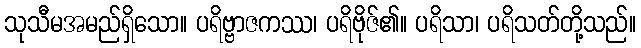
သုသီမအမည်ရှိသော။ ပရိဗ္ဗာဇကဿ၊ ပရိဗိုဇ်၏။ ပရိသာ၊ ပရိသတ်တို့သည်။